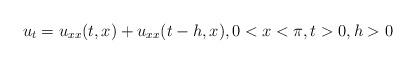
LaTeX: \begin{align*}{u_t} = {u_{xx}}(t,x) + {u_{xx}}(t - h,x), 0<x<\pi,t>0, h>0\end{align*}